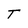
Character: T